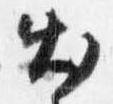
出